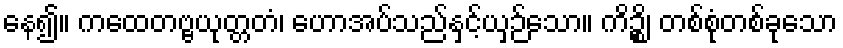
နေ၍။ ကထေတဗ္ဗယုတ္တတံ၊ ဟောအပ်သည်နှင့်ယှဉ်သော။ ကိဉ္စိ၊ တစ်စုံတစ်ခုသော